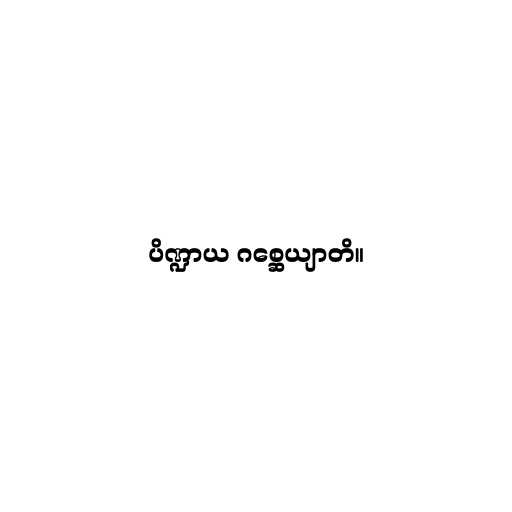
ပိဏ္ဍာယ ဂစ္ဆေယျာတိ။